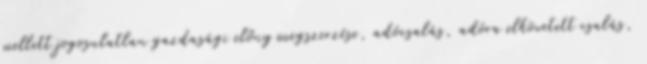
mellett jogosulatlan gazdasági előny megszerzése, adócsalás, adóra elkövetett csalás,